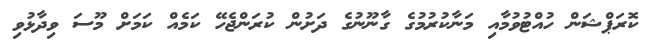
ކޮރަޕްޝަން ހުއްޓުވުމާއި މަނާކުރުމުގެ ގާނޫނުގެ ދަށުން ކުރަންޖެހޭ ކަމެއް ކަމަށް މޫސަ ވިދާޅުވި